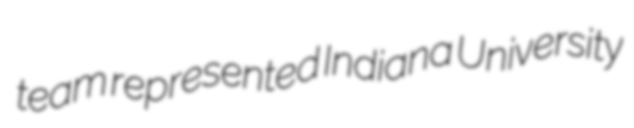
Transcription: team represented Indiana University